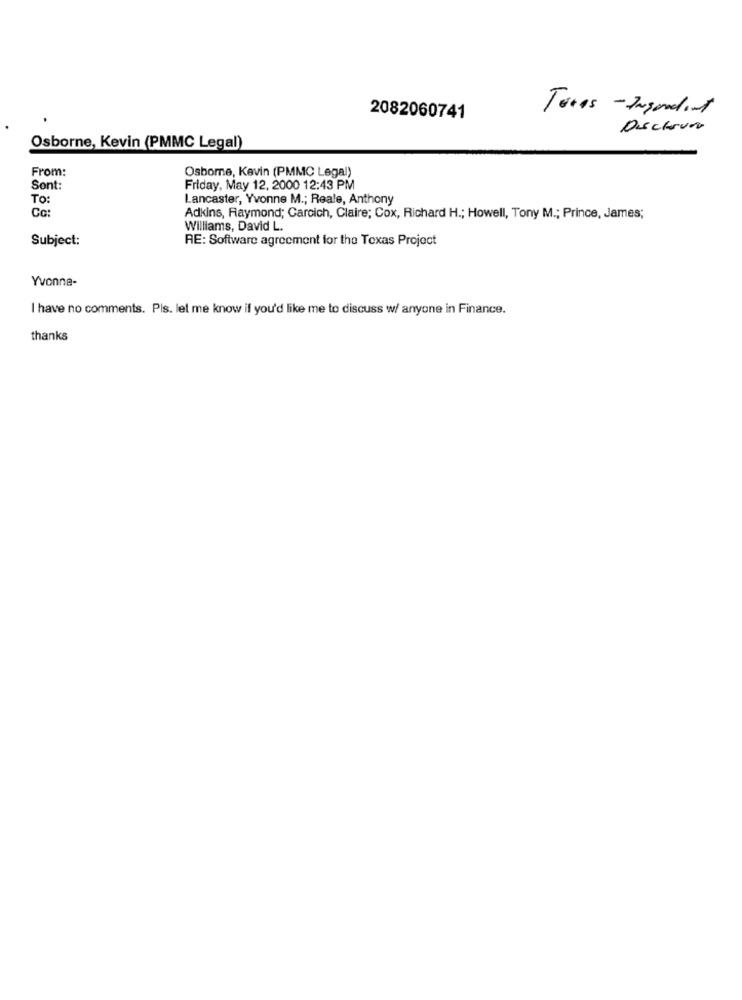
Texas - Ingendont
2082060741
Dschour
Osborne, Kevin (PMMC Legal)
From:
Osborne, Kevin (PMMC Legal)
Sont:
Friday, May 12, 2000 12:43 PM
To:
Lancaster, Yvonne M .; Reale, Anthony
Co:
Adkins, Raymond; Carcich, Claire; Cox, Richard H .; Howell, Tony M .; Prince, James;
Williams, David L.
Subject:
RE: Software agreement for the Texas Project
Yvonne-
I have no comments. Pis. let me know if you'd like me to discuss w/ anyone in Finance.
thanks